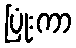
ပြုံးကာ